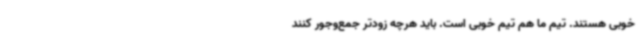
خوبی هستند. تیم ما هم تیم خوبی است. باید هرچه زودتر جمع‌وجور کنند